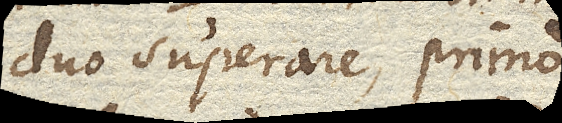
duo superare, primo